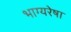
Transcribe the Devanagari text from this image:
भाग्यरेषा